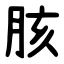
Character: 胲